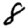
Digit: 8